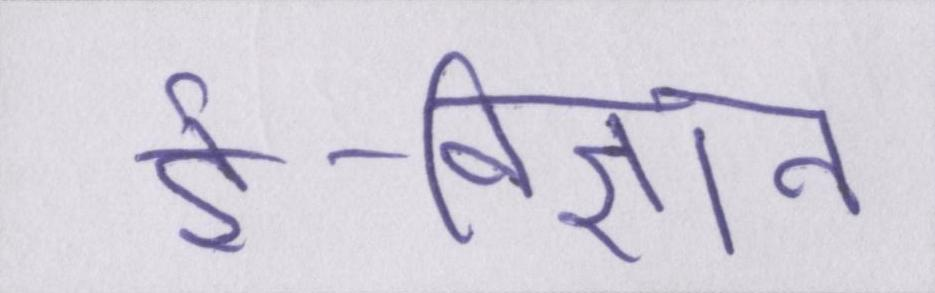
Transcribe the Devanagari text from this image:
ई-विज्ञान